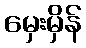
မှေးမှိန်